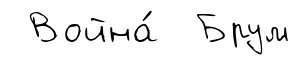
Война́ Брум